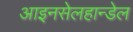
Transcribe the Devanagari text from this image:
आइनसेलहान्डेल